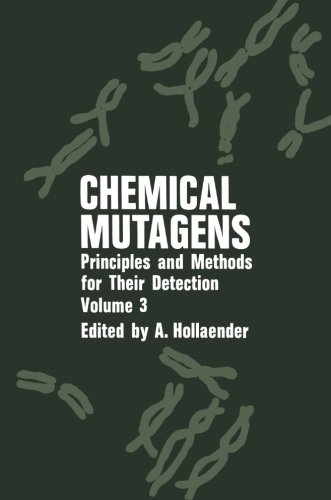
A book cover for Chemical Mutagens: Principles and Methods for Their Detection Volume 3; Alexander Hollaender; Medical Books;